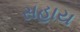
સહાય